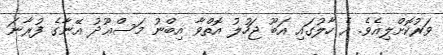
ވަރުކޮށްލިއެވެ. އެ ހާލުގައި އަބޫ ޖަހުލު އޮތްވާ އިބްނު މަސްޢޫދު އޭނާގެ ފުރާނަ